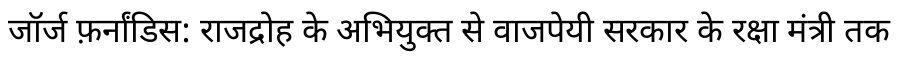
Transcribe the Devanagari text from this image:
जॉर्ज फ़र्नांडिस: राजद्रोह के अभियुक्त से वाजपेयी सरकार के रक्षा मंत्री तक